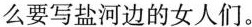
么要写盐河边的女人们。